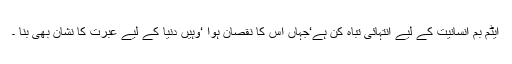
ایٹم بم انسانیت کے لیے انتہائی تباہ کن ہے‘جہاں اس کا نقصان ہوا ‘وہیں دنیا کے لیے عبرت کا نشان بھی بنا ۔